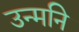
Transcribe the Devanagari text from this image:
उन्मनि